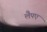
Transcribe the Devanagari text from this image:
लैपए